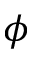
\phi